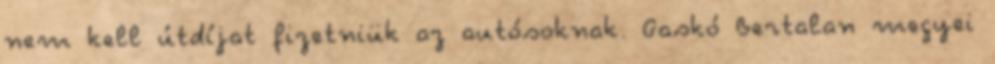
nem kell útdíjat fizetniük az autósoknak. Gaskó Bertalan megyei